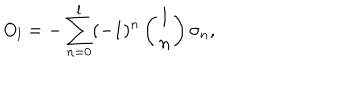
O _ { l } = - \sum _ { n = 0 } ^ { l } ( - 1 ) ^ { n } \left( { l \atop n } \right) \sigma _ { n } ,